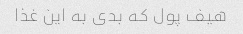
هیف پول که بدی به این غذا